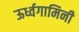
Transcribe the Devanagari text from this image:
ऊर्ध्वगामिनी